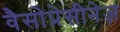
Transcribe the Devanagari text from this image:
वैसोप्रेसीनेज़